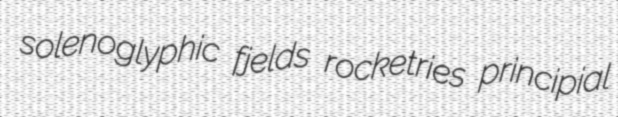
solenoglyphic fjelds rocketries principial